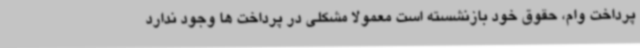
پرداخت وام، حقوق خود بازنشسته است معمولا مشکلی در پرداخت ها وجود ندارد